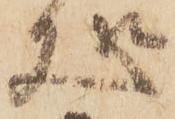
処